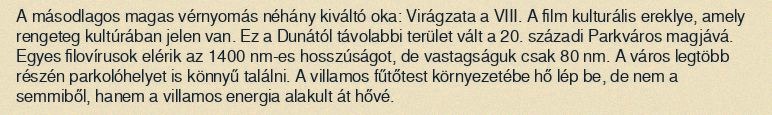
A másodlagos magas vérnyomás néhány kiváltó oka: Virágzata a VIII. A film kulturális ereklye, amely rengeteg kultúrában jelen van. Ez a Dunától távolabbi terület vált a 20. századi Parkváros magjává. Egyes filovírusok elérik az 1400 nm-es hosszúságot, de vastagságuk csak 80 nm. A város legtöbb részén parkolóhelyet is könnyű találni. A villamos fűtőtest környezetébe hő lép be, de nem a semmiből, hanem a villamos energia alakult át hővé.